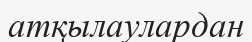
атқылаулардан